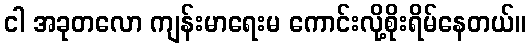
ငါ အခုတလော ကျန်းမာရေးမ ကောင်းလို့စိုးရိမ်နေတယ်။